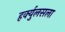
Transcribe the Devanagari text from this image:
हर्क्युलसला